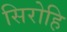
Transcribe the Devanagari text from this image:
सिरोहि